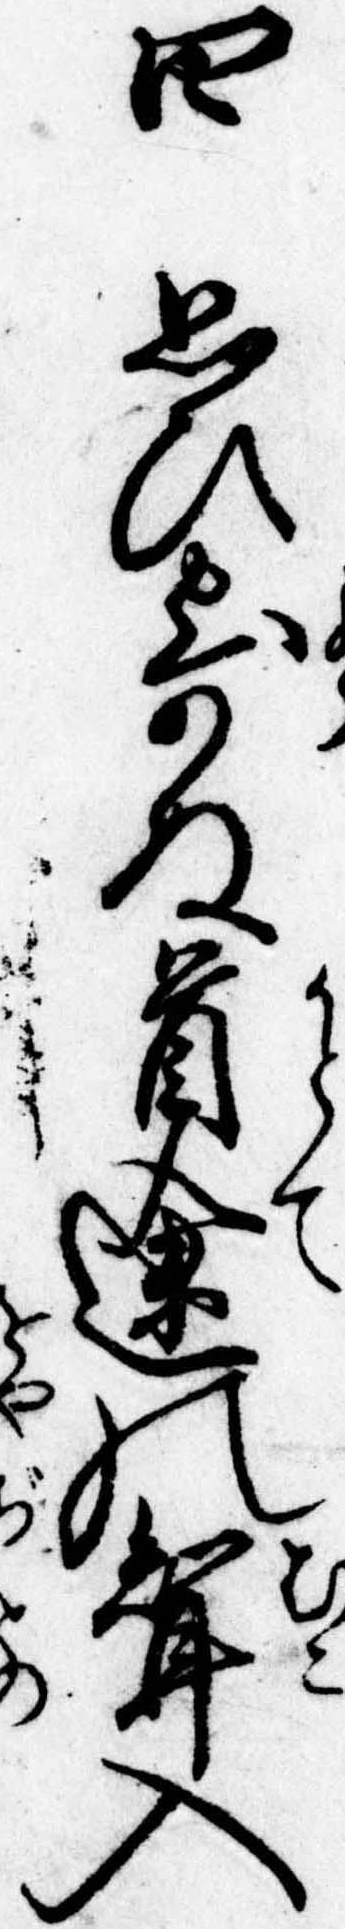
四思ひ寄ぬ首途の婿入